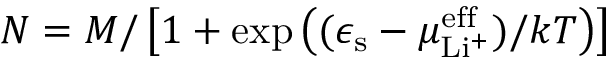
N = M / \left[ 1 + \exp \left( ( \epsilon _ { \mathrm { s } } - \mu _ { \mathrm { L i ^ { + } } } ^ { \mathrm { e f f } } ) / k T \right) \right]